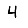
Digit: 4